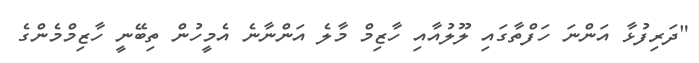
"ދަރިފުޅާ އަންނަ ހަފްތާގައި ލޫލުއާއި ހާޒިމް މާލެ އަންނާނެ އެމީހުން ތިބޭނީ ހާޒިމްމެންގެ